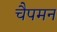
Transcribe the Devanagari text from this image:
चैपमन